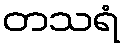
တသရံ